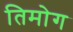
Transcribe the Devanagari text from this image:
तिमोग